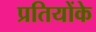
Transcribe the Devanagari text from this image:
प्रतियोंके